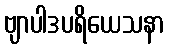
ဗျာပါဒပရိယေသနာ